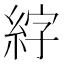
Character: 𫃣